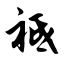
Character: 祗